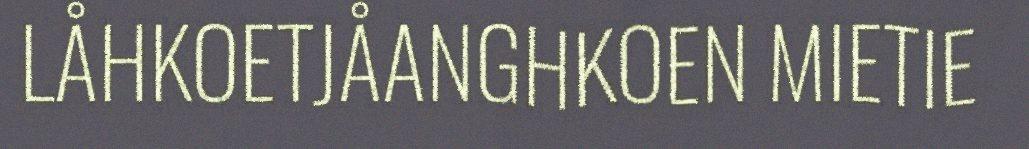
LÅHKOETJÅANGHKOEN MIETIE